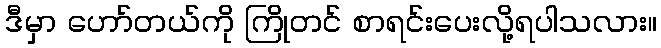
ဒီမှာ ဟော်တယ်ကို ကြိုတင် စာရင်းပေးလို့ရပါသလား။